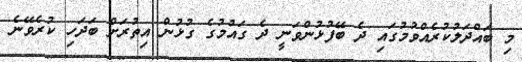
މި ބައްދަލުކުރެއްވުމުގައި ދެ ބޭފުޅުންވަނީ ދެ ގައުމުގެ ގުޅުން އިތުރަށް ބަދަހި ކުރެވޭނެ